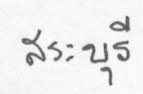
สระบุรี